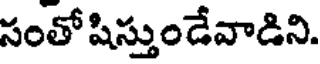
సంతో షిస్తుండేవాడిని.